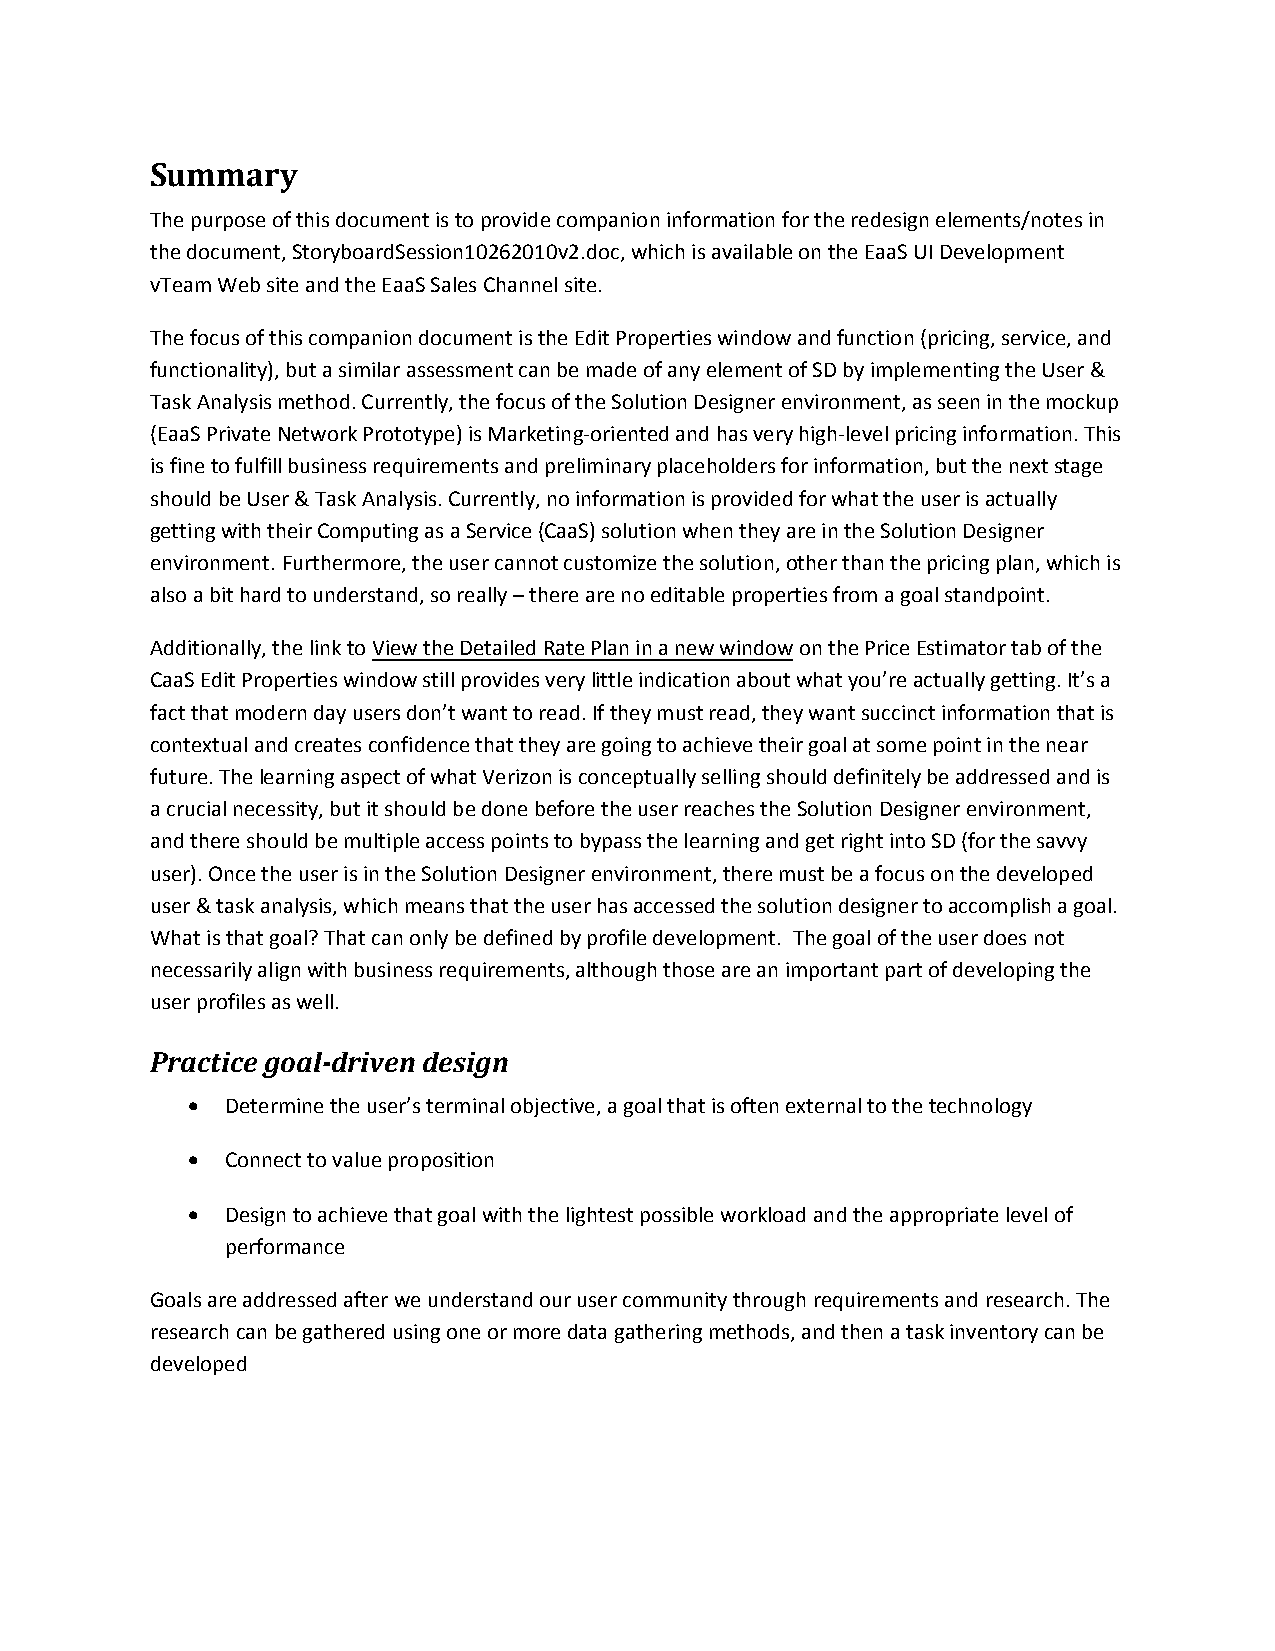
Summary
 The purpose of this document is to provide companion information for the redesign elements/notes in
 the document, StoryboardSession10262010v2.doc, which is available on the EaaS UI Development
 vTeam Web site and the EaaS Sales Channel site.
 The focus of this companion document is the Edit Properties window and function (pricing, service, and
 functionality), but a similar assessment can be made of any element of SD by implementing the User &
 Task Analysis method. Currently, the focus of the Solution Designer environment, as seen in the mockup
 (EaaS Private Network Prototype) is Marketing‐oriented and has very high‐level pricing information. This
 is fine to fulfill business requirements and preliminary placeholders for information, but the next stage
 should be User & Task Analysis. Currently, no information is provided for what the user is actually
 getting with their Computing as a Service (CaaS) solution when they are in the Solution Designer
 environment. Furthermore, the user cannot customize the solution, other than the pricing plan, which is
 also a bit hard to understand, so really – there are no editable properties from a goal standpoint.
 Additionally, the link to View the Detailed Rate Plan in a new window on the Price Estimator tab of the
 CaaS Edit Properties window still provides very little indication about what you’re actually getting. It’s a
 fact that modern day users don’t want to read. If they must read, they want succinct information that is
 contextual and creates confidence that they are going to achieve their goal at some point in the near
 future. The learning aspect of what Verizon is conceptually selling should definitely be addressed and is
 a crucial necessity, but it should be done before the user reaches the Solution Designer environment,
 and there should be multiple access points to bypass the learning and get right into SD (for the savvy
 user). Once the user is in the Solution Designer environment, there must be a focus on the developed
 user & task analysis, which means that the user has accessed the solution designer to accomplish a goal.
 What is that goal? That can only be defined by profile development. The goal of the user does not
 necessarily align with business requirements, although those are an important part of developing the
 user profiles as well.
 Practice goal­driven design
   Determine the user’s terminal objective, a goal that is often external to the technology
   Connect to value proposition
   Design to achieve that goal with the lightest possible workload and the appropriate level of
 performance
 Goals are addressed after we understand our user community through requirements and research. The
 research can be gathered using one or more data gathering methods, and then a task inventory can be
 developed